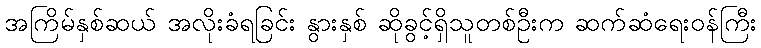
အကြိမ်နှစ်ဆယ် အလိုးခံရခြင်း နွားနှစ် ဆိုခွင့်ရှိသူတစ်ဦးက ဆက်ဆံရေးဝန်ကြီး